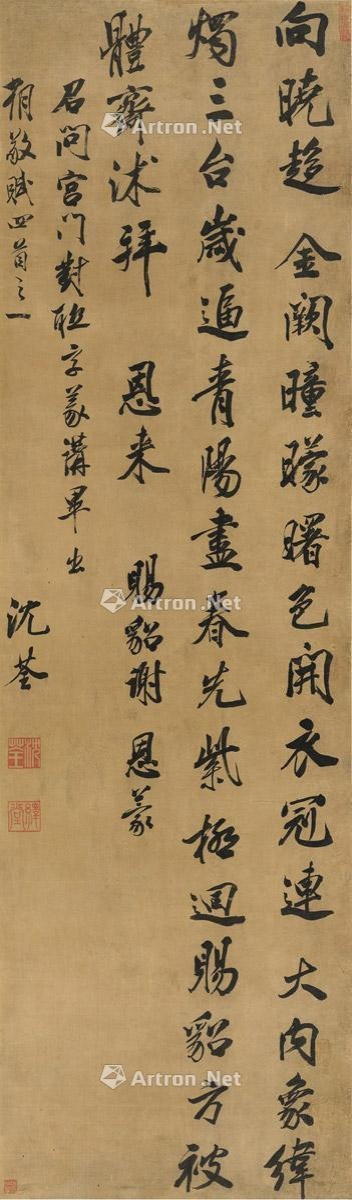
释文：向晓趋金阙，曈曈曙色开。衣冠连大内，象纬烛三台。岁逼青阳尽，春先紫极回。赐貂方被体，斋沐拜恩来。赐貂谢恩。蒙召问宫门对联字义，讲毕出朝敬赋四首之一。沈荃。